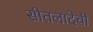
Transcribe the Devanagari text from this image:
सीतलादेवी